Problem: 9 × 7 = ?
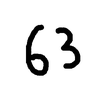
Handwritten answer: 63